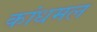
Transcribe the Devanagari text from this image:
कांधमल